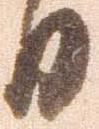
日